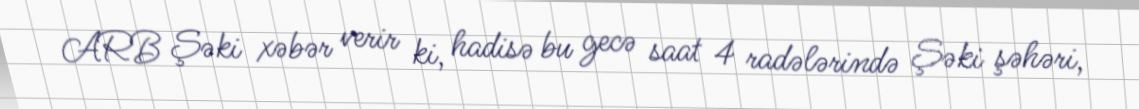
ARB Şəki xəbər verir ki, hadisə bu gecə saat 4 radələrində Şəki şəhəri,